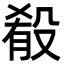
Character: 殽